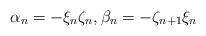
LaTeX: \begin{align*}\alpha_n=-\xi_n\zeta_n,\beta_n=-\zeta_{n+1}\xi_n\end{align*}